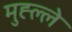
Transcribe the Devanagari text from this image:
मुह्ल्ले